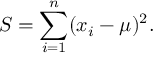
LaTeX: S = \sum _ { i = 1 } ^ { n } ( x _ { i } - \mu ) ^ { 2 } .